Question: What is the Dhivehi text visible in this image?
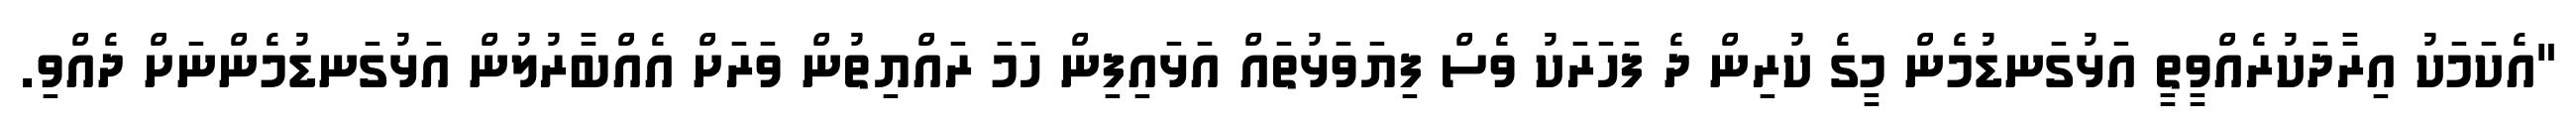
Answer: "އެކަމަކު އިރާދަކުރެއްވީތީ އަޅުގަނޑުމެން މީގެ ކުރިން ދެ ފަހަރަކު ވެސް ފިޔަވަޅުތައް އަޅައިފިން ހަމަ ރައްޔިތުން ވަރަށް އެއްބާރުލުން އަޅުގަނޑުމެންނަށް ދެއްވި.